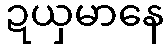
ဍယှမာနေ